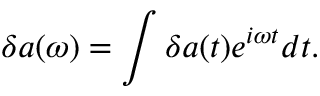
\delta { a } ( \omega ) = \int \delta a ( t ) e ^ { i \omega t } d t .